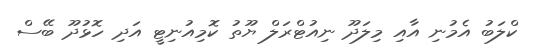
ކްލަބު އެމުނި އާއި މިލަދޫ ނިއުޓްރަލް ޔޫތު ކޮމިއުނިޓީ އަދި ހޮޅުދޫ ބޭސް